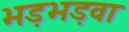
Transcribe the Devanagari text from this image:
भड़भड़वा